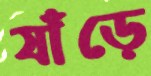
ষাঁড়ে